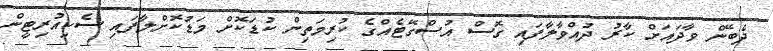
ދެބޭން ވާދައަށް ކާރު ދުއްވާލާފައި ގޮސް އުސްގޭޓެއްގެ ކުރިމަތިން ކުޑަކޮށް މަޑުކޮށްލާފައި ސެކިއުރިޓީން